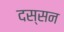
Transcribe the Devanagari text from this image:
दस्सन